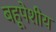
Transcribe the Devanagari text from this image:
बहूपेशीय